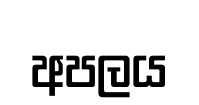
අපලය